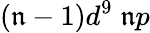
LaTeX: (\mathfrak{n}-1)d^{9}\; \mathfrak{n}p